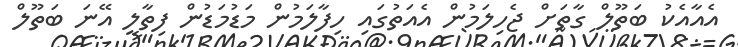
އެއާއެކު ބަތޫލް ގާތަށް ޖެހިލަމުން އެއަތުގައި ހިފާލަމުން މަޑުމަޑުން ފިތާލީ އޭނަ ބަތޫލް